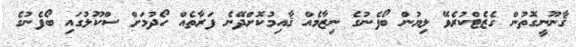
ޤާނޫނީގޮތުން ގެޒެޓްކުރެވޭ ލިޔުން ބޯފެނުގެ ނިޒާމެއް ޤާއިމުކޮށްދޭނެ ފަރާތެއް ހޯދުމަށް ސްކޫލުގައި ބޯފެނުގެ